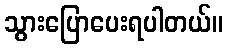
သွားပြောပေးရပါတယ်။